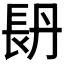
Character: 𨱪